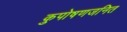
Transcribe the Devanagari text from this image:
कुपोषणजनित